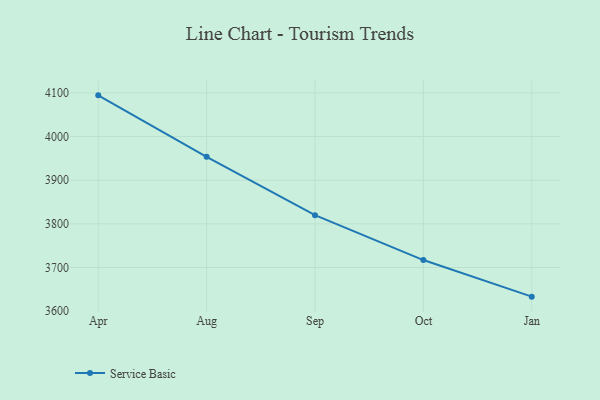
{"axis": {"x": "Month", "y": "Net Income (USD K)"}, "legend": ["Service Basic"], "data": [{"x": "Apr", "y": 4094.3, "type": "Service Basic"}, {"x": "Aug", "y": 3953.4, "type": "Service Basic"}, {"x": "Sep", "y": 3819.8, "type": "Service Basic"}, {"x": "Oct", "y": 3717.0, "type": "Service Basic"}, {"x": "Jan", "y": 3633.2, "type": "Service Basic"}]}